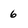
Character: 6